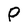
Character: P